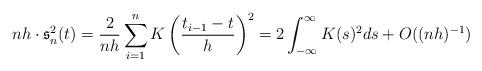
LaTeX: \begin{align*}nh\cdot\mathfrak{s}_n^2(t)=\frac{2}{nh}\sum_{i=1}^nK\left(\frac{t_{i-1}-t}{h}\right)^2=2\int_{-\infty}^\infty K(s)^2ds+O((nh)^{-1})\end{align*}